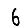
Digit: 6